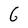
Character: G